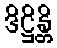
ဒိဋ္ဌိန္တိ